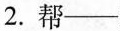
2.帮——